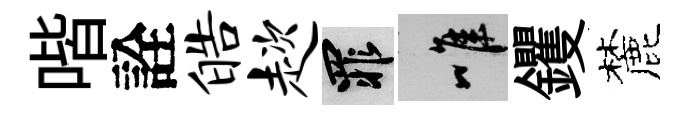
喈詮皓趑罪唯钁麓